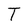
Character: T